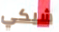
شيكي